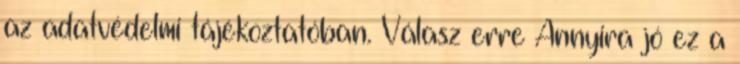
az adatvédelmi tájékoztatóban. Válasz erre Annyira jó ez a